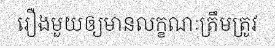
រឿងមួយឲ្យមានលក្ខណៈត្រឹមត្រូវ